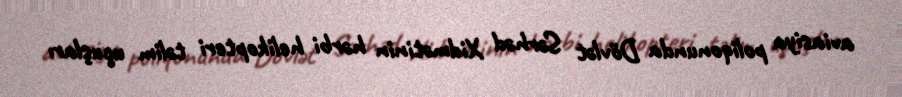
aviasiya poliqonunda Dövlət Sərhəd Xidmətinin hərbi helikopteri təlim uçuşları